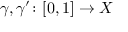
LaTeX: \gamma , \gamma ^ { \prime } \colon [ 0 , 1 ] \to X